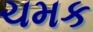
ચમક